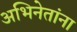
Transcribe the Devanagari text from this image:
अभिनेतांना